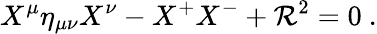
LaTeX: X^{\mu}\eta_{\mu\nu}X^{\nu}-X^{+}X^{-}+\mathcal{R}^{2}=0\ .